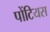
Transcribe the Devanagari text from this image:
पोंटियस